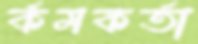
র্কমকর্তা